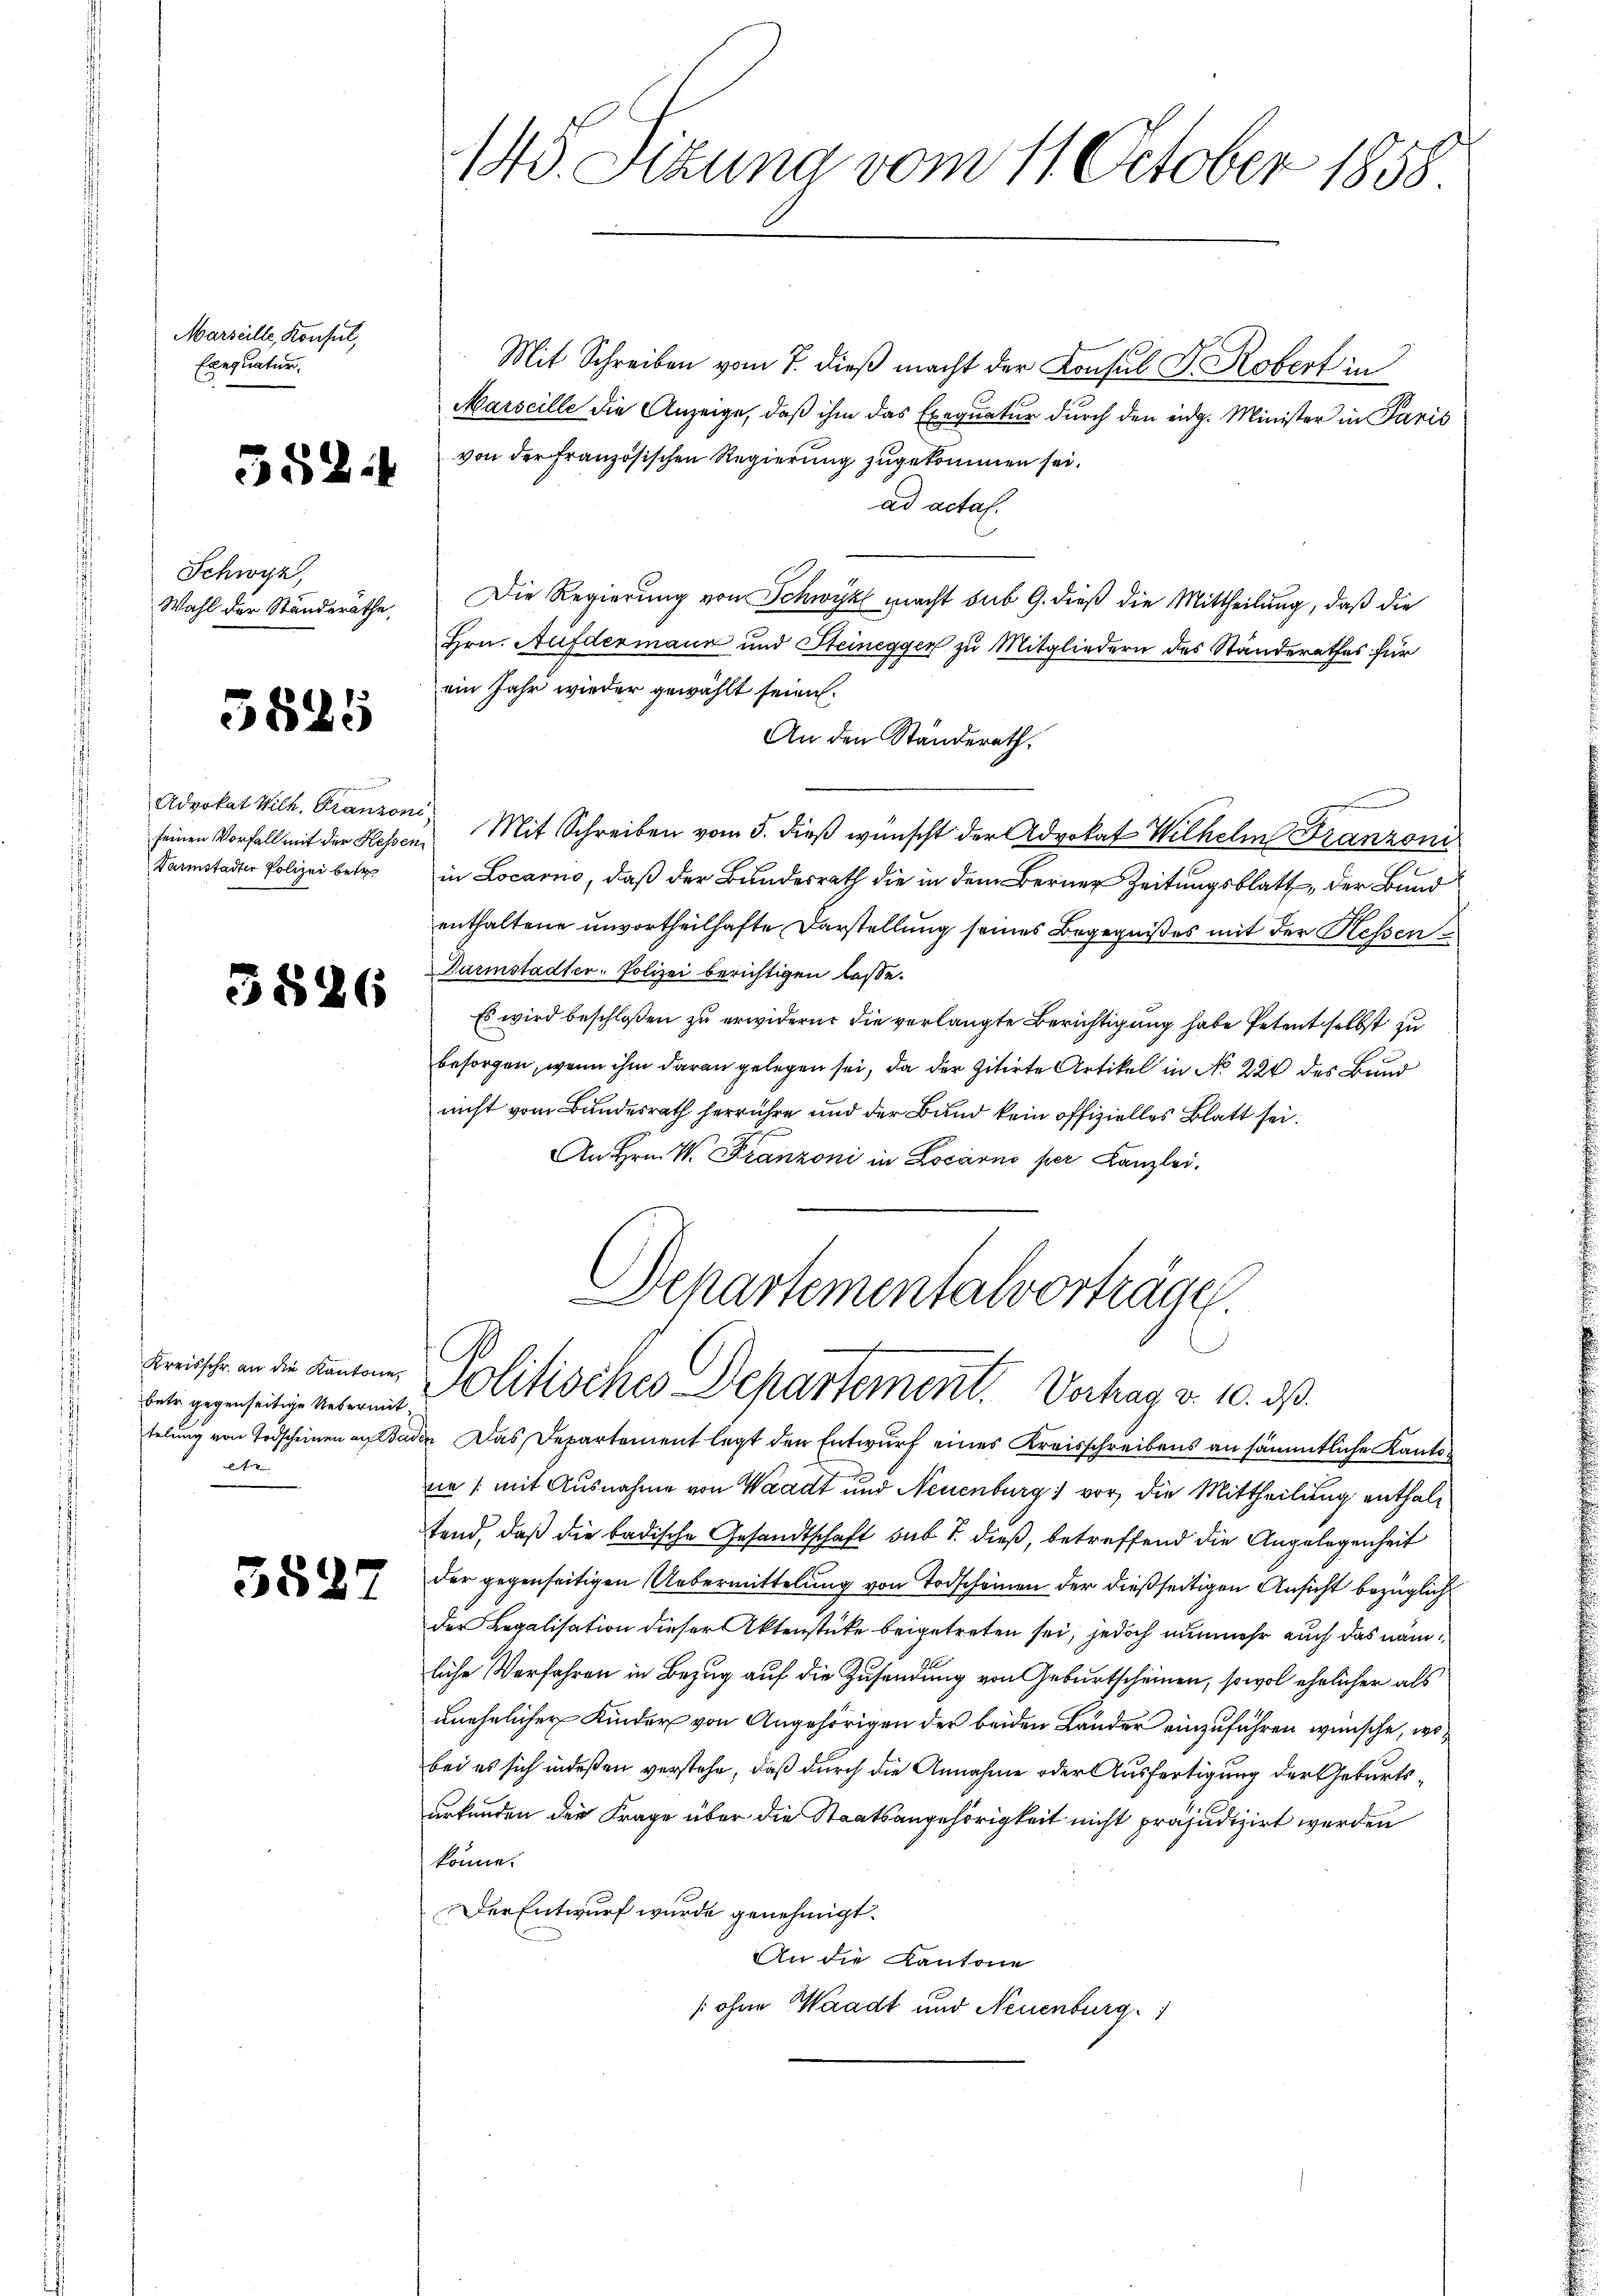
Marseille, Konsul,
Exequatur.

352.

Schwyz,
Wahl der Ständeräthe,

5825

d
Advokat Wilh. Franzoni
Darmstadter Polizei betr.

38.

betr. gegenseitige Uebermitate

3527

6

145. Sizung vom 11. October 1858

Mit Schreiben vom 7. dieß macht der Konsul Dr. Robert in
Marseille die Anzeige, daß ihm das Exequatur durch den eidg. Minister in Paris
von der Französischen Regierung zugekommen sei.
ad actal.
Die Regierung von Schwyz macht sub 9. dieß die Mittheilung, daß die
Hrn. Aufdermann und Steinegger zu Mitgliedern des Standerathes für
ein Jahr wieder gewählt seien.
An den Ständerath,
seinen Vorfall mit der Hessen Mit Schreiben vom 5. dieß wünscht der Advokat Wilhelm Franzoni
in Locarno, daß der Bundesrath die in dem Berner Zeitungsblatt der Bund
enthaltene unvortheilhafte Darstellung seines Begegnißes mit der Hessen¬
Darmstadter- Polizei berichtigen lasse.
Es wird beschloßen zu erwidern, die verlangte Berichtigung habe Petent selbst zu
besorgen, wenn ihm daran gelegen sei, da der zitirte Artikel in No 220 des Bund
nicht vom Bundesrath herrühre und der Bund kein offizielles Blatt sei.
An Hrn. W. Franzoni in Locarno per Kanzlei.

Departementalvorträge.
Frische in die Kanton Politisches Departement. Verhag v. 10. ds.

telung von Todscheinen an Baden Das Departement legt den Entwurf eines Kreisschreibens an sämmtliche Kantone /: mit Ausnahme von Waadt und Neuenburg) vor, die Mittheilung enthaltend, daß die badische Gesandtschaft sub S. dieß, betreffend die Angelegenheit
der gegenseitigen Uebermittelung von Todscheinen der dießseitigen Ansicht bezüglich
der Legalisation dieser Aktenstücke beigetreten sei, jedoch nunmehr auch das nämliche Verfahren in Bezug auf die Zusendung von Geburtscheinen, sowol ehelicher als
unehelicher Kinder von Angehörigen der beiden Länder einzuführen wünsche, wobei es sich indeßen verstehe, daß durch die Annahme oder Ausfertigung der Geburtsurkunden die Frage über die Staatsangehörigkeit nicht präjudizirt werden
könne.
Der Entwurf wurde genehmigt.
An die Kantone
s ohne Waadt und Neuenburg. 1